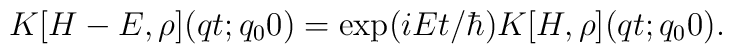
K[H-E,\rho ](qt;q_00) = \exp( iEt/\hbar ) K[H,\rho ](qt;q_00).